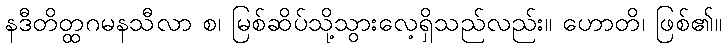
နဒီတိတ္ထဂမနသီလာ စ၊ မြစ်ဆိပ်သို့သွားလေ့ရှိသည်လည်း။ ဟောတိ၊ ဖြစ်၏။